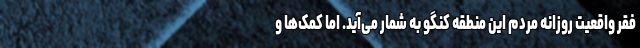
فقر واقعیت روزانه مردم این منطقه کنگو به شمار می‌آید. اما کمک‌ها و